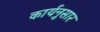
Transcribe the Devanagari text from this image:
कार्यनुसार